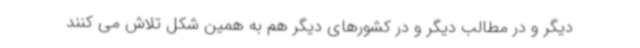
دیگر و در مطالب دیگر و در کشورهای دیگر هم به همین شکل تلاش می کنند